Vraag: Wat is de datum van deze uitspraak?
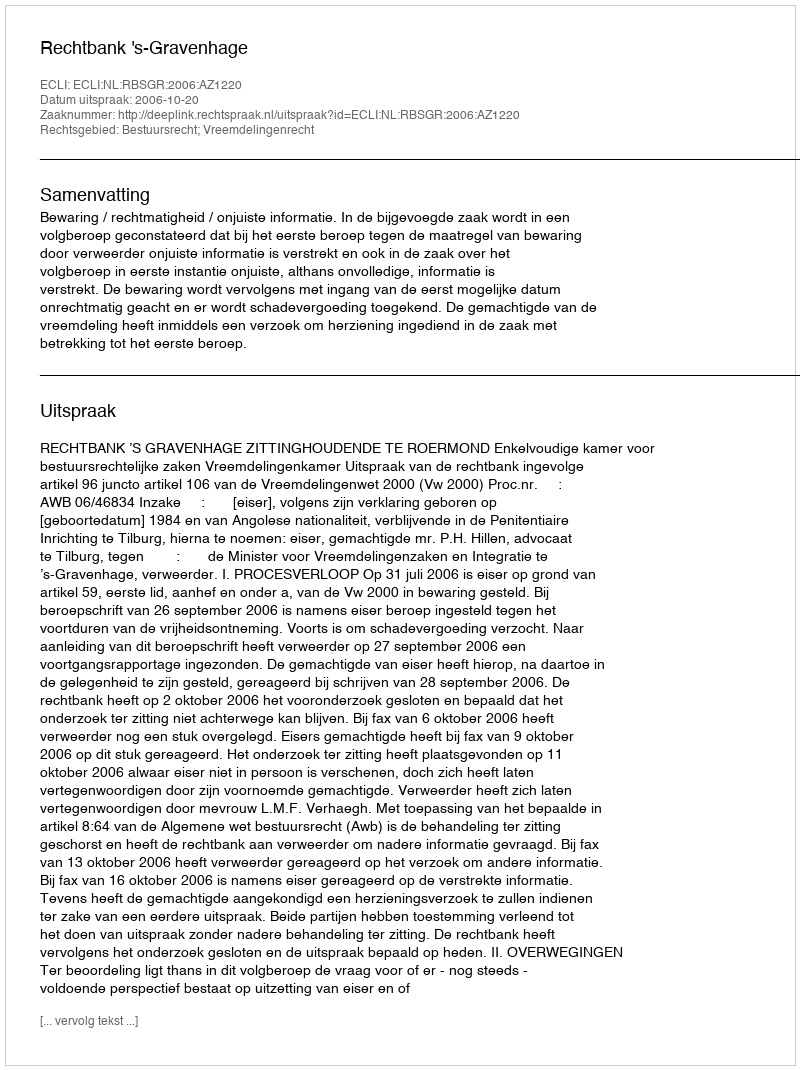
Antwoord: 2006-10-20